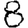
Digit: 8